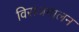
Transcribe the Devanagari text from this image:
विराजमालन